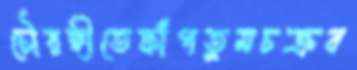
চৌরঙ্গীতেফাঁপতুমচক্রব